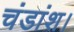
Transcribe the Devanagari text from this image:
चंडांश।